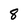
Character: 8